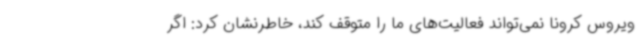
ویروس کرونا نمی‌تواند فعالیت‌های ما را متوقف کند، خاطرنشان کرد: اگر